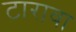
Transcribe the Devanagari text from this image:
टारावा